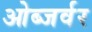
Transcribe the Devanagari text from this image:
ओब्जर्वर